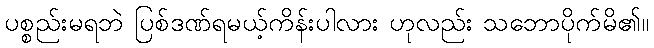
ပစ္စည်းမရဘဲ ပြစ်ဒဏ်ရမယ့်ကိန်းပါလား ဟုလည်း သဘောပိုက်မိ၏။